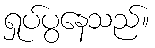
ရှုပ်ပွနေသည်။